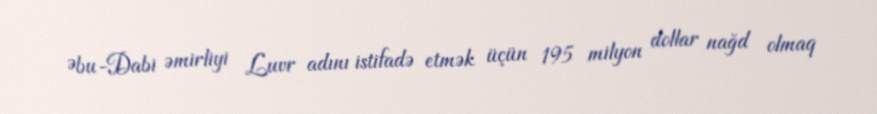
Əbu-Dabi əmirliyi Luvr adını istifadə etmək üçün 195 milyon dollar nağd olmaq